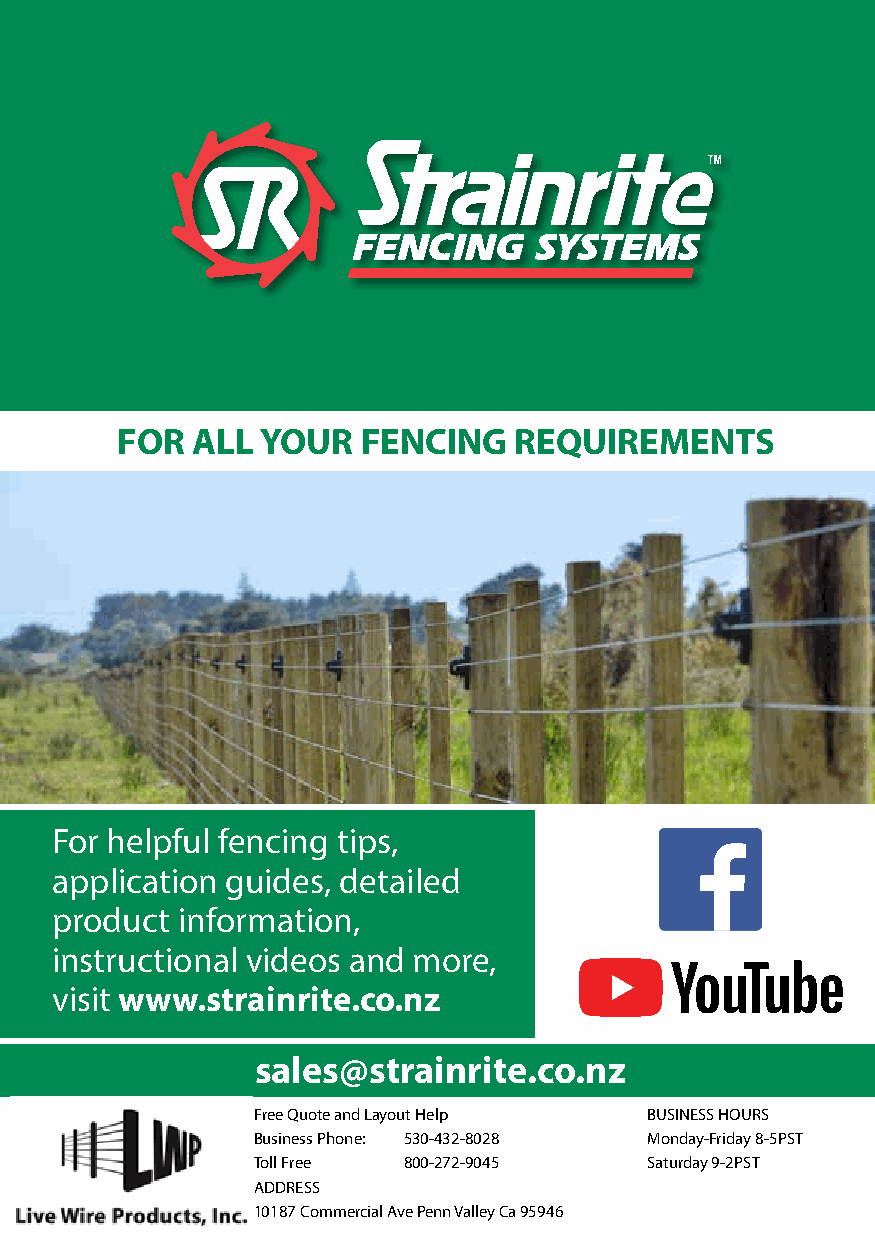
FOR  ALL YOUR   FENCING   REQUIREMENTS
 Facebook “f” Logo CMYK / .ai Facebook “f” Logo CMYK / .ai
 For helpful fencing tips,
 application guides, detailed
 product  information,
 instructional videos and more,
 visit www.strainrite.co.nz
 sales@strainrite.co.nz
 Free Quote and Layout Help BUSINESS HOURS
 Business Phone: 530-432-8028 Monday-Friday 8-5PST
 Toll Free 800-272-9045    Saturday 9-2PST
 ADDRESS
 10187 Commercial Ave Penn Valley Ca 95946